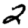
Digit: 2